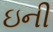
ઇની